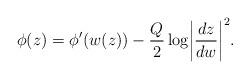
LaTeX: \begin{align*}\phi(z)=\phi'(w(z))-\frac{Q}{2}\log\biggl|\frac{dz}{dw}\biggr|^2.\end{align*}